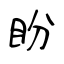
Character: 盼